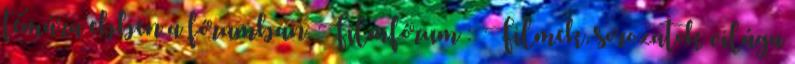
témára ebben a fórumban. Filmfórum :: Filmek, sorozatok világa